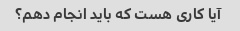
آیا کاری هست که باید انجام دهم؟